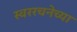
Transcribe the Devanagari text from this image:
स्वररचनेच्या